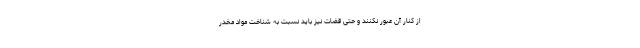
از کنار آن عبور نکنند و حتی قضات نیز باید نسبت به شناخت مواد مخدر